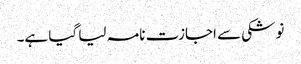
نوشکی سے اجازت نامہ لیا گیا ہے۔